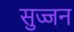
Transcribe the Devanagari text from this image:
सुज्जन